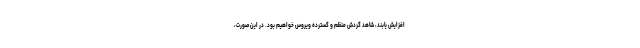
افزایش یابند، شاهد گردش منظم و گسترده ویروس خواهیم بود. در این صورت،